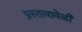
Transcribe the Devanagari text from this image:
प्रस्तावावेळी